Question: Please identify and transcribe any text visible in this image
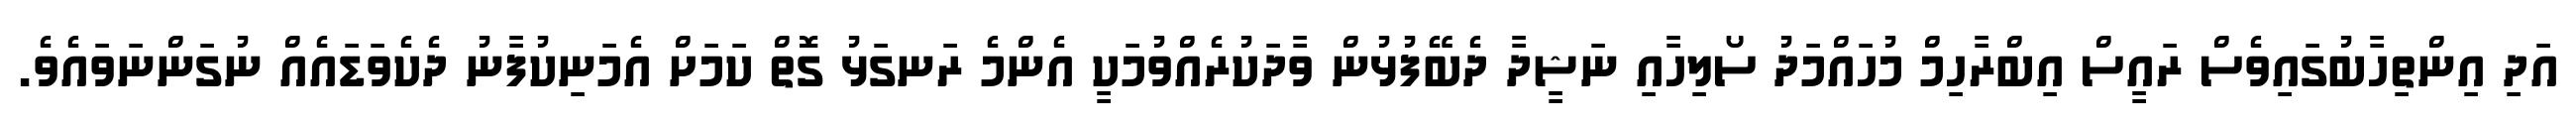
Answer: އަދި އިންތިހާބުގައިވެސް ރައީސް އިބްރާހިމް މުހައްމަދު ސޯލިހާއި ނަޝީދާ ދެބޭފުޅުން ވާދަކުރެއްވުމަކީ އެންމެ ރަނގަޅު ގޮތް ކަމަށް އެމަނިކުފާނު ދެކެވަޑައެއް ނުގަންނަވައެވެ.